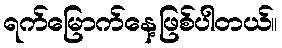
ရက်မြောက်နေ့ဖြစ်ပါတယ်။